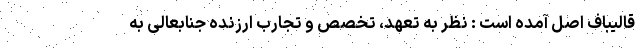
قالیباف اصل آمده است : نظر به تعهد، تخصص و تجارب ارزنده جنابعالی به